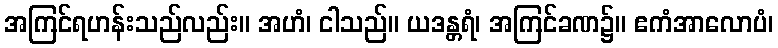
အကြင်ရဟန်းသည်လည်း။ အဟံ၊ ငါသည်။ ယဒန္တရံ၊ အကြင်ခဏ၌။ ဧကံအာလောပံ၊